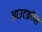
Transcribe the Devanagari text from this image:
आउटक्रॉप्स